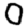
Digit: 0